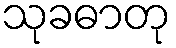
သုခဓာတု